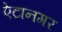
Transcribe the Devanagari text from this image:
ऐटानगर